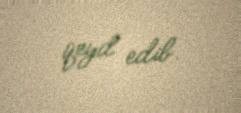
qeyd edib.